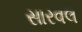
સારવલ